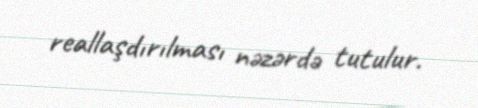
reallaşdırılması nəzərdə tutulur.